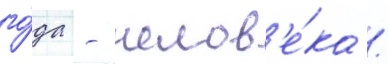
го́да - челов'е́ка /